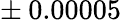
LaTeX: \pm{\: 0.00005}